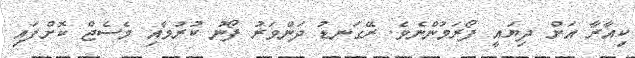
ކިއާރާ އަށް ދިޔައީ ފޯރަމުންނެވެ. ރޭގަނޑު ދަންވަރު ފޯނު ކުރުމާއި މެސެޖް ކޮށްފައި